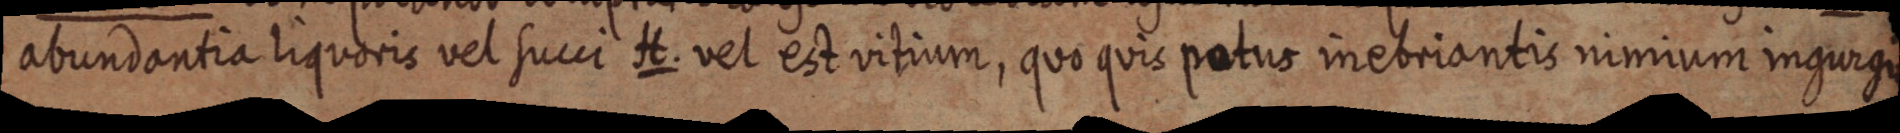
abundantia liquoris vel succi H. vel est vitium, quo quis patus inebriantis nimium ingurgi